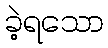
ခဲ့ရသော